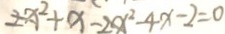
2 x ^ { 2 } + x - 2 x ^ { 2 } - 4 x - 2 = 0